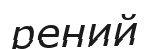
рений